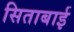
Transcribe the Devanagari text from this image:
सिताबाई